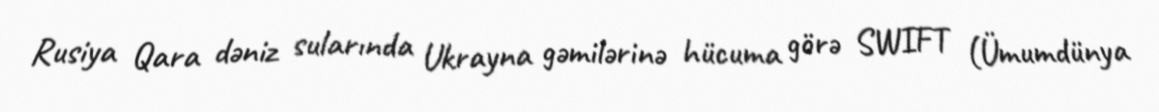
Rusiya Qara dəniz sularında Ukrayna gəmilərinə hücuma görə SWIFT (Ümumdünya